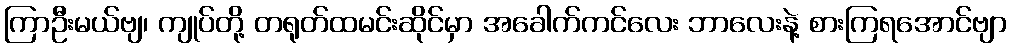
ကြာဦးမယ်ဗျ၊ ကျုပ်တို့ တရုတ်ထမင်းဆိုင်မှာ အခေါက်ကင်လေး ဘာလေးနဲ့ စားကြရအောင်ဗျာ